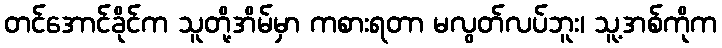
တင်အောင်ခိုင်က သူတို့အိမ်မှာ ကစားရတာ မလွတ်လပ်ဘူး၊ သူ့အစ်ကိုက